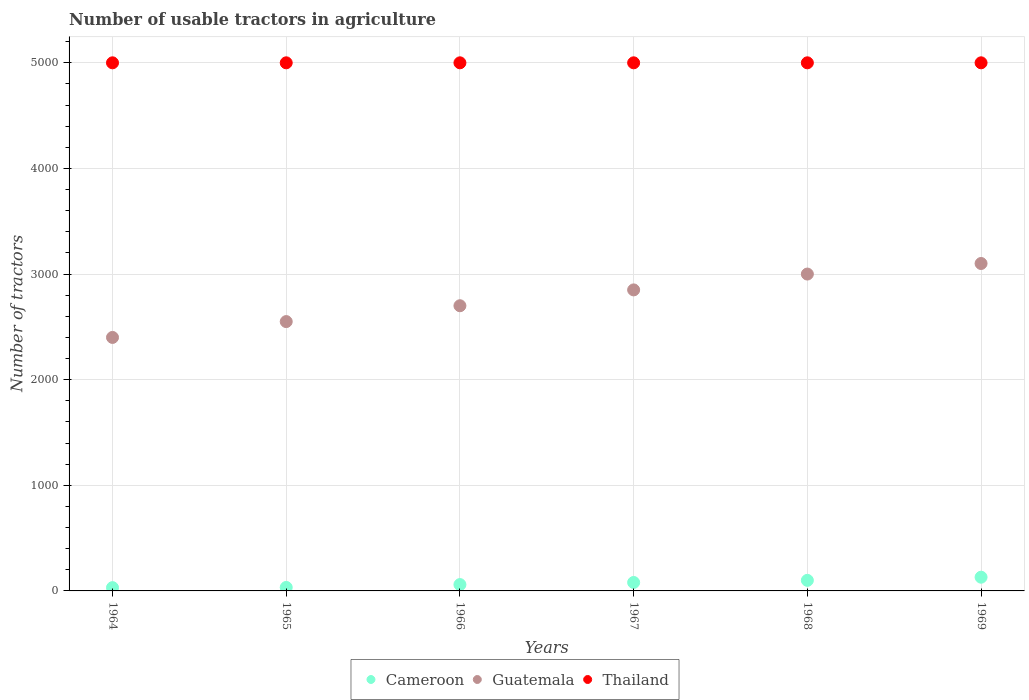
| Years | Cameroon | Guatemala | Thailand |
 | --- | --- | --- | --- |
 | 1964 | 31 | 2.4e+03 | 5e+03 |
 | 1965 | 33 | 2.55e+03 | 5e+03 |
 | 1966 | 60 | 2.7e+03 | 5e+03 |
 | 1967 | 80 | 2.85e+03 | 5e+03 |
 | 1968 | 100 | 3e+03 | 5e+03 |
 | 1969 | 130 | 3.1e+03 | 5e+03 |